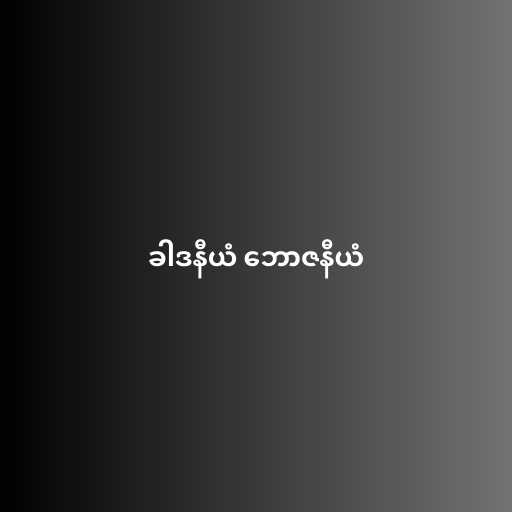
ခါဒနီယံ ဘောဇနီယံ